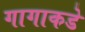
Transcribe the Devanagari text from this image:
गागाकडे